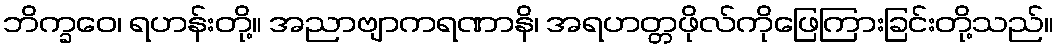
ဘိက္ခဝေ၊ ရဟန်းတို့။ အညာဗျာကရဏာနိ၊ အရဟတ္တဖိုလ်ကိုဖြေကြားခြင်းတို့သည်။